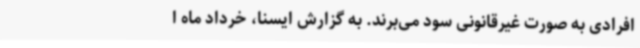
افرادی به صورت غیرقانونی سود می‌برند. به گزارش ایسنا، خرداد ماه ا